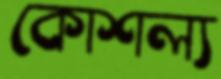
কোশল্য